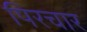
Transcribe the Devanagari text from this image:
पिरचार